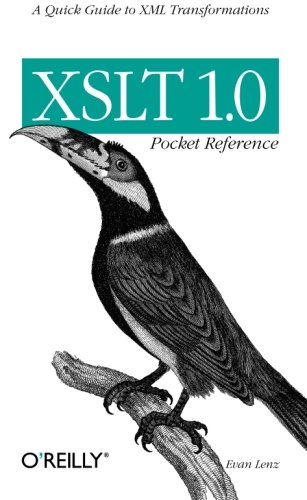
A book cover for XSLT 1.0 Pocket Reference (Pocket Reference (O'Reilly)); Evan Lenz; Computers & Technology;